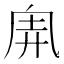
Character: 𠂸